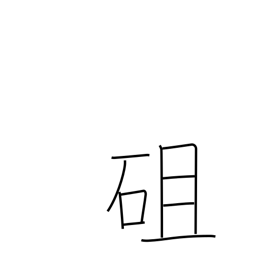
Meaning: stony hill